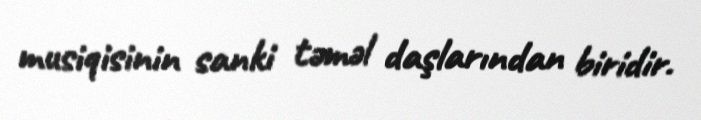
musiqisinin sanki təməl daşlarından biridir.